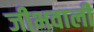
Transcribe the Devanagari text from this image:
जीभवाली